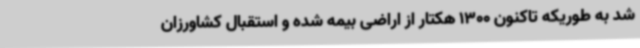
شد به طوریکه تاکنون 1300 هکتار از اراضی بیمه شده و استقبال کشاورزان